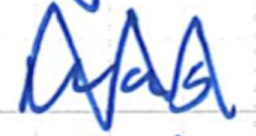
Text: was
Cross-out: zig-zag
Writing tool: ballpoint